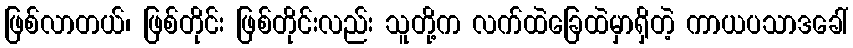
ဖြစ်လာတယ်၊ ဖြစ်တိုင်း ဖြစ်တိုင်းလည်း သူတို့က လက်ထဲခြေထဲမှာရှိတဲ့ ကာယပသာဒခေါ်